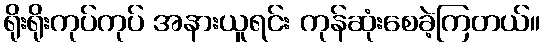
ရိုးရိုးကုပ်ကုပ် အနားယူရင်း ကုန်ဆုံးစေခဲ့ကြတယ်။